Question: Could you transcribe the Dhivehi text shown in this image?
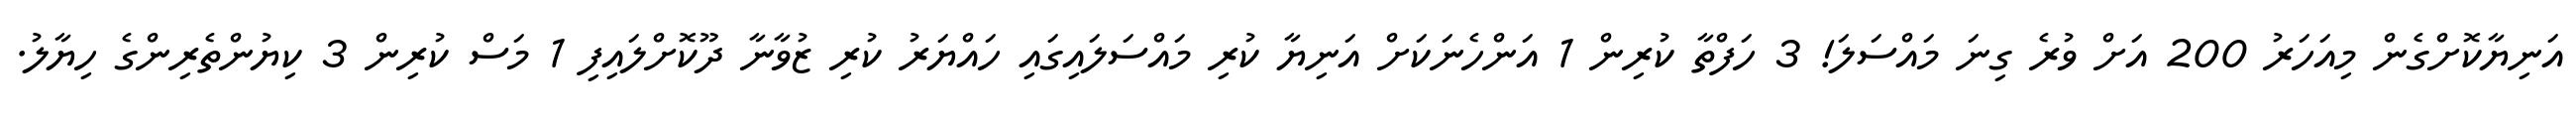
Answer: އަނިޔާކޮށްގެން މިއަހަރު 200 އަށް ވުރެ ގިނަ މައްސަލަ! 3 ހަފްތާ ކުރިން 1 އަންހެނަކަށް އަނިޔާ ކުރި މައްސަލައިގައި ހައްޔަރު ކުރި ޒުވާނާ ދޫކޮށްލައިފި 1 މަސް ކުރިން 3 ކިޔުންތެރިންގެ ހިޔާލު.